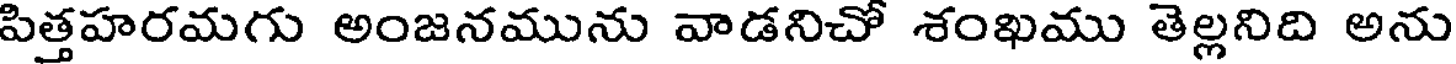
పిత్తహరమగు అంజనమును వాడనిచో శంఖము తెల్లనిది అను